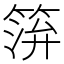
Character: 𥮓